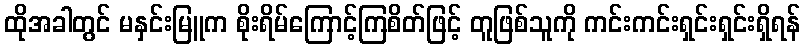
ထိုအခါတွင် မနှင်းမြူက စိုးရိမ်ကြောင့်ကြစိတ်ဖြင့် တူဖြစ်သူကို ကင်းကင်းရှင်းရှင်းရှိရန်